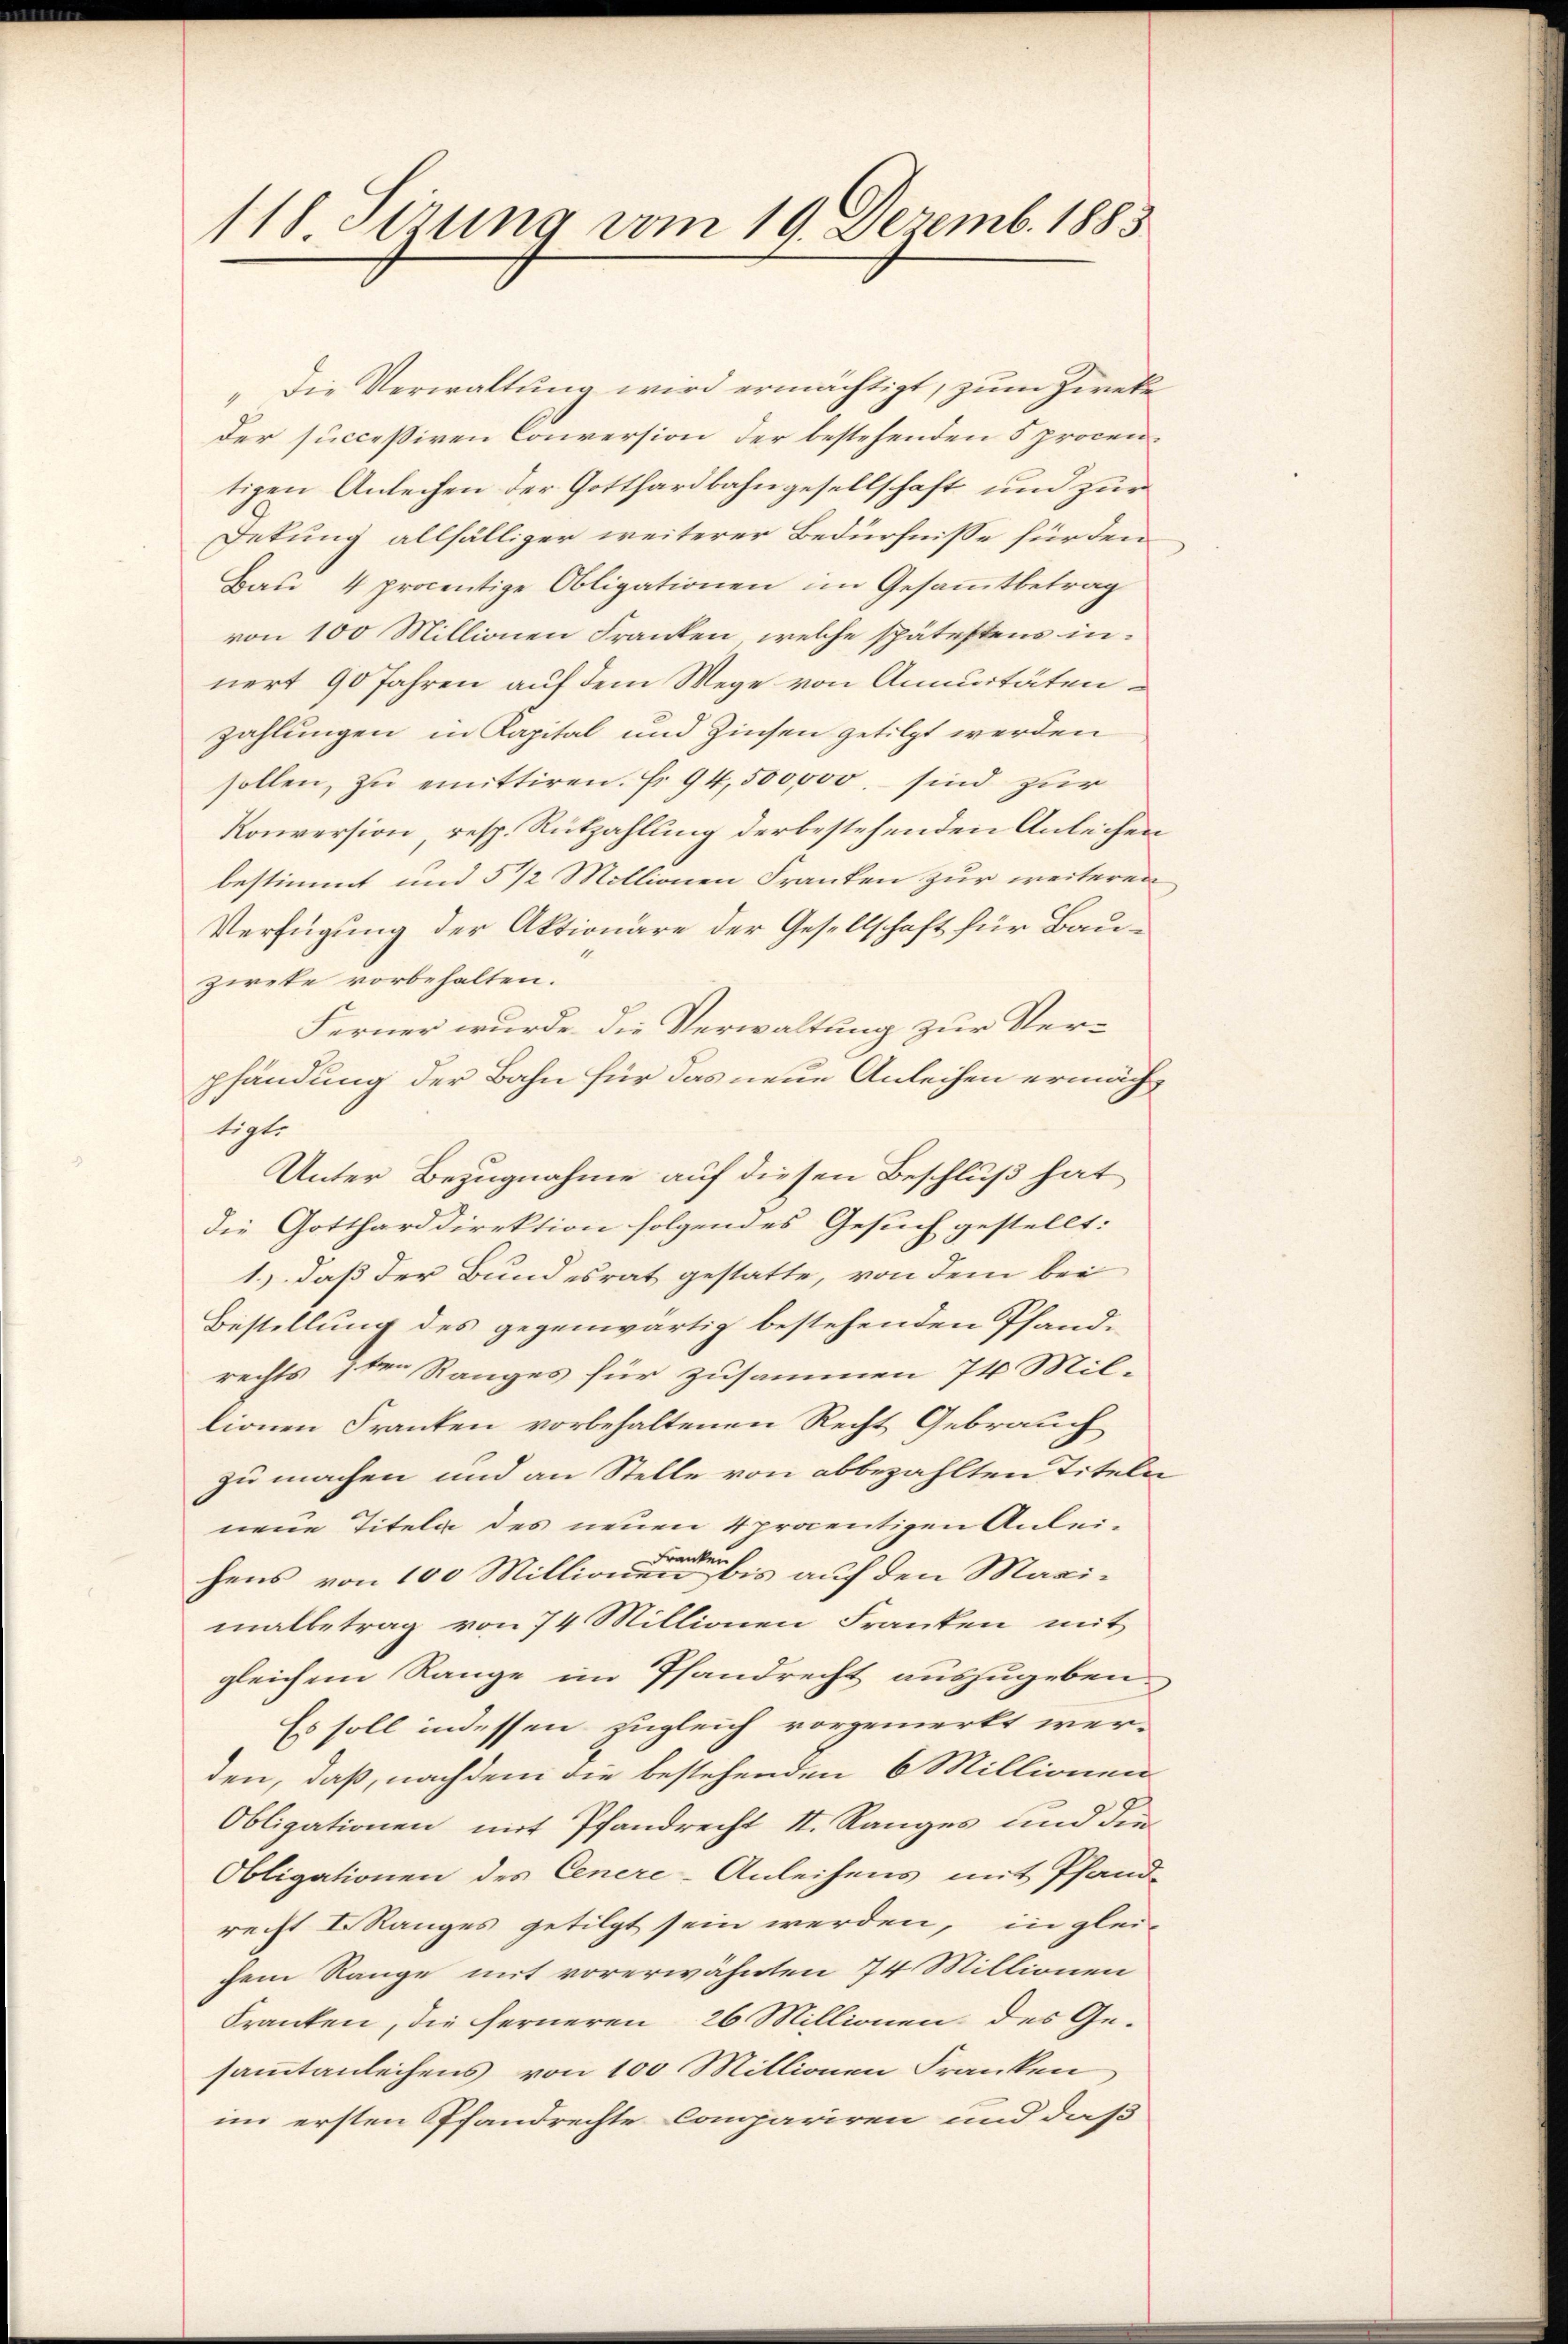
118 dirung vom 19. Dezemb. 1883

Die Verwaltung wird ermächtigt, zum Zweke
der succeßiven Conversion der bestehenden 5 procentigen Anleihen der Gotthardbahngesellschaft und zur
Dekung allfälliger weiterer Bedürfnisse für den
Bau 4 procentige Obligationen im Gesammtbetrag
von 100 Millionen Franken, welche spätestens innert 90 Jahren auf dem Wege von Annuitäten
zahlungen in Kapital und Zinsen getilgt werden
sollen, zŭ emittiren. Fr. 94,500,000. sind zur
Konversion, resp. Rützahlung der bestehenden Anleihen
bestimmt und 5 1/2 Millionen Franken zur weiteren
Verfügung der Aktionäre der Gesellschaft für Bauzweke vorbehalten.
Ferner wurde die Verwaltung zur Verpfändung der Bahn für das neue Anleihen ermächtigt.
Unter Bezugnahme auf diesen Beschluß hat
die Gottharddirektion folgendes Gesuch gestellt:
1.) daß der Bundesrat gestatte, von dem bei
Bestellung des gegenwärtig bestehenden Pfand-
rechts 1ten Ranges für zusammen 74 Mil-
lionen Franken vorbehaltenen Recht Gebrauch
zu machen und an Stelle von abbezahlten Titeln
nene Titela des neuen 4 procentigen Anleihens von 100 Millionen einen bis auf den Maximalbetrag von 74 Millionen Franken mit
gleichem Range im Pfandrecht auszugeben
Es soll indessen zugleich vorgemerkt wer-
den, daß, nachdem die bestehenden 6 Millionen
Obligationen mit Pfandrecht II. Ranges und die
Obligationen des Cenere-Anleihens mit Pfand-
recht I. Ranges getilgt sein werden, in glei-
chem Range mit vorerwähnten 74 Millionen
Franken, die ferneren 26 Millionen des Gesammtanleihens von 100 Millionen Franken
im ersten Pfandrechte Compariren und daß